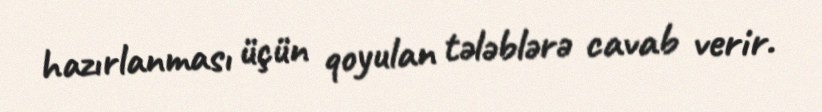
hazırlanması üçün qoyulan tələblərə cavab verir.